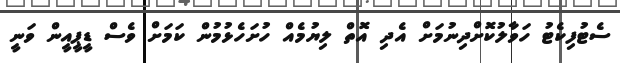
ސެޓުފިކެޓު ހަވާލުކޮށްދިނުމަށް އެދި އޮތް ލިޔުމެއް ހުށަހެޅުމުން ކަމަށް ވެސް ޑީޕީއީން ވަނީ